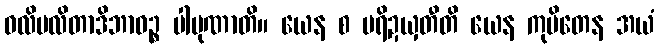
ဝလိပလိတာဒိဘာဝဉ္စ ပါပုဏာတိ။ ယေန စ ပရိဍယှတီတိ ယေန ကုပိတေန အယံ